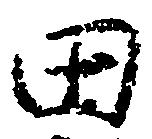
田